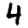
Digit: 4